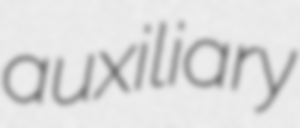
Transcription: auxiliary